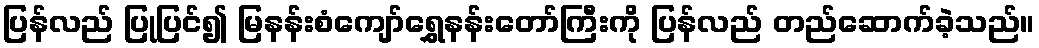
ပြန်လည် ပြုပြင်၍ မြနန်းစံကျော်ရွှေနန်းတော်ကြီးကို ပြန်လည် တည်ဆောက်ခဲ့သည်။